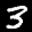
Label: 3